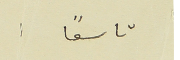
تاسعًا: